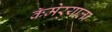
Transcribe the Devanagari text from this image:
कॅमेर्‍याला